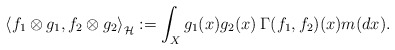
\begin{align*}\left\langle f_1\otimes g_1, f_2\otimes g_2\right\rangle_{\mathcal{H}}:=\int_X g_1(x)g_2(x)\:\Gamma(f_1, f_2)(x)m(dx).\end{align*}